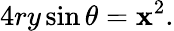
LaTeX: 4ry\sin\theta=\mathbf{x}^{2}.